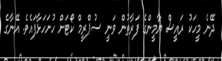
ދޭނެ މީހަކު ރައީސް ޔާމީންގެ ފަރާތުން ވަނީ ސުޕްރީމް ކޯޓަށް ހުށަހަޅާފައެވެ. އޭނާގެ